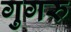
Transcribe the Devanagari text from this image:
गुगरु